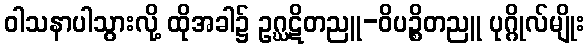
ဝါသနာပါသွားလို့ ထိုအခါ၌ ဥဂ္ဃဋိတညူ-ဝိပဉ္စိတညူ ပုဂ္ဂိုလ်မျိုး